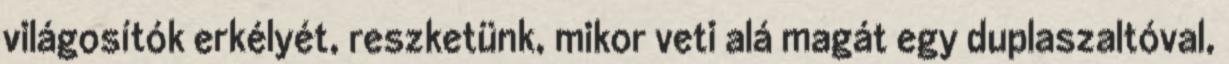
világosítók erkélyét, reszketünk, mikor veti alá magát egy duplaszaltóval,